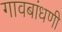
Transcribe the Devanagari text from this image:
गावबांधणी